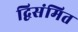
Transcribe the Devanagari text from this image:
द्विसंमित